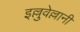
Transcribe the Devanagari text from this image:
इल्लुवेल्लानी